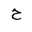
Letter: _ha